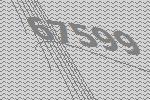
67599